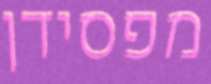
מפסידן